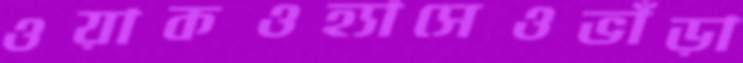
ওয়াকওহ্যাসেওভাঁড়া